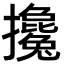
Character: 攙